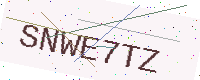
Text: SNWE7TZ